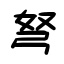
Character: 弩